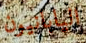
اليابانيون